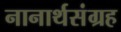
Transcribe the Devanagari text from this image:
नानार्थसंग्रह